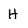
Character: H